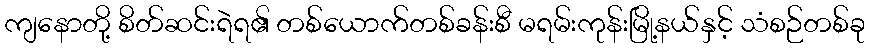
ကျနောတို့ စိတ်ဆင်းရဲရ၏ တစ်ယောက်တစ်ခန်းစီ မရမ်းကုန်းမြို့နယ်နှင့် သံစဉ်တစ်ခု